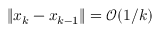
\| x _ { k } - x _ { k - 1 } \| = \mathcal { O } ( 1 / k )